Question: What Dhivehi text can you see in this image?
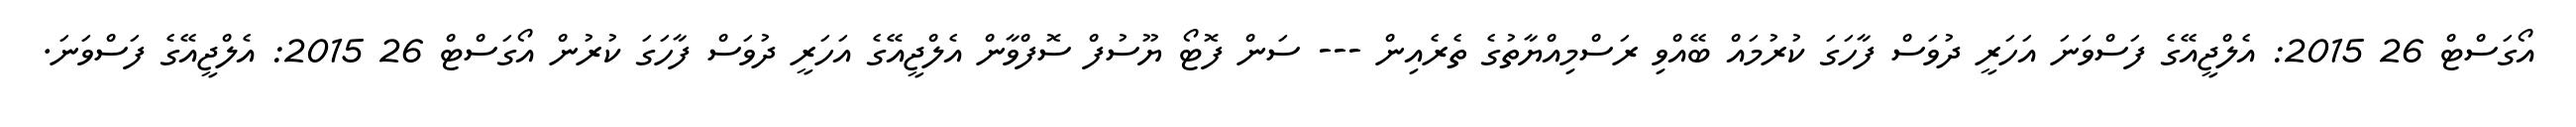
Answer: އޯގަސްޓް 26 2015: އެލްޖީއޭގެ ފަސްވަނަ އަހަރީ ދުވަސް ފާހަގަ ކުރުމައް ބޭއްވި ރަސްމިއްޔާތުގެ ތެރެއިން --- ސަން ފޮޓޯ ޔޫސުފް ސޮފްވާން އެލްޖީއޭގެ އަހަރީ ދުވަސް ފާހަގަ ކުރުން އޯގަސްޓް 26 2015: އެލްޖީއޭގެ ފަސްވަނަ.